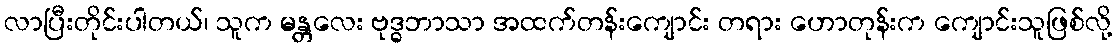
လာပြီးတိုင်းပါတယ်၊ သူက မန္တလေး ဗုဒ္ဓဘာသာ အထက်တန်းကျောင်း တရား ဟောတုန်းက ကျောင်းသူဖြစ်လို့